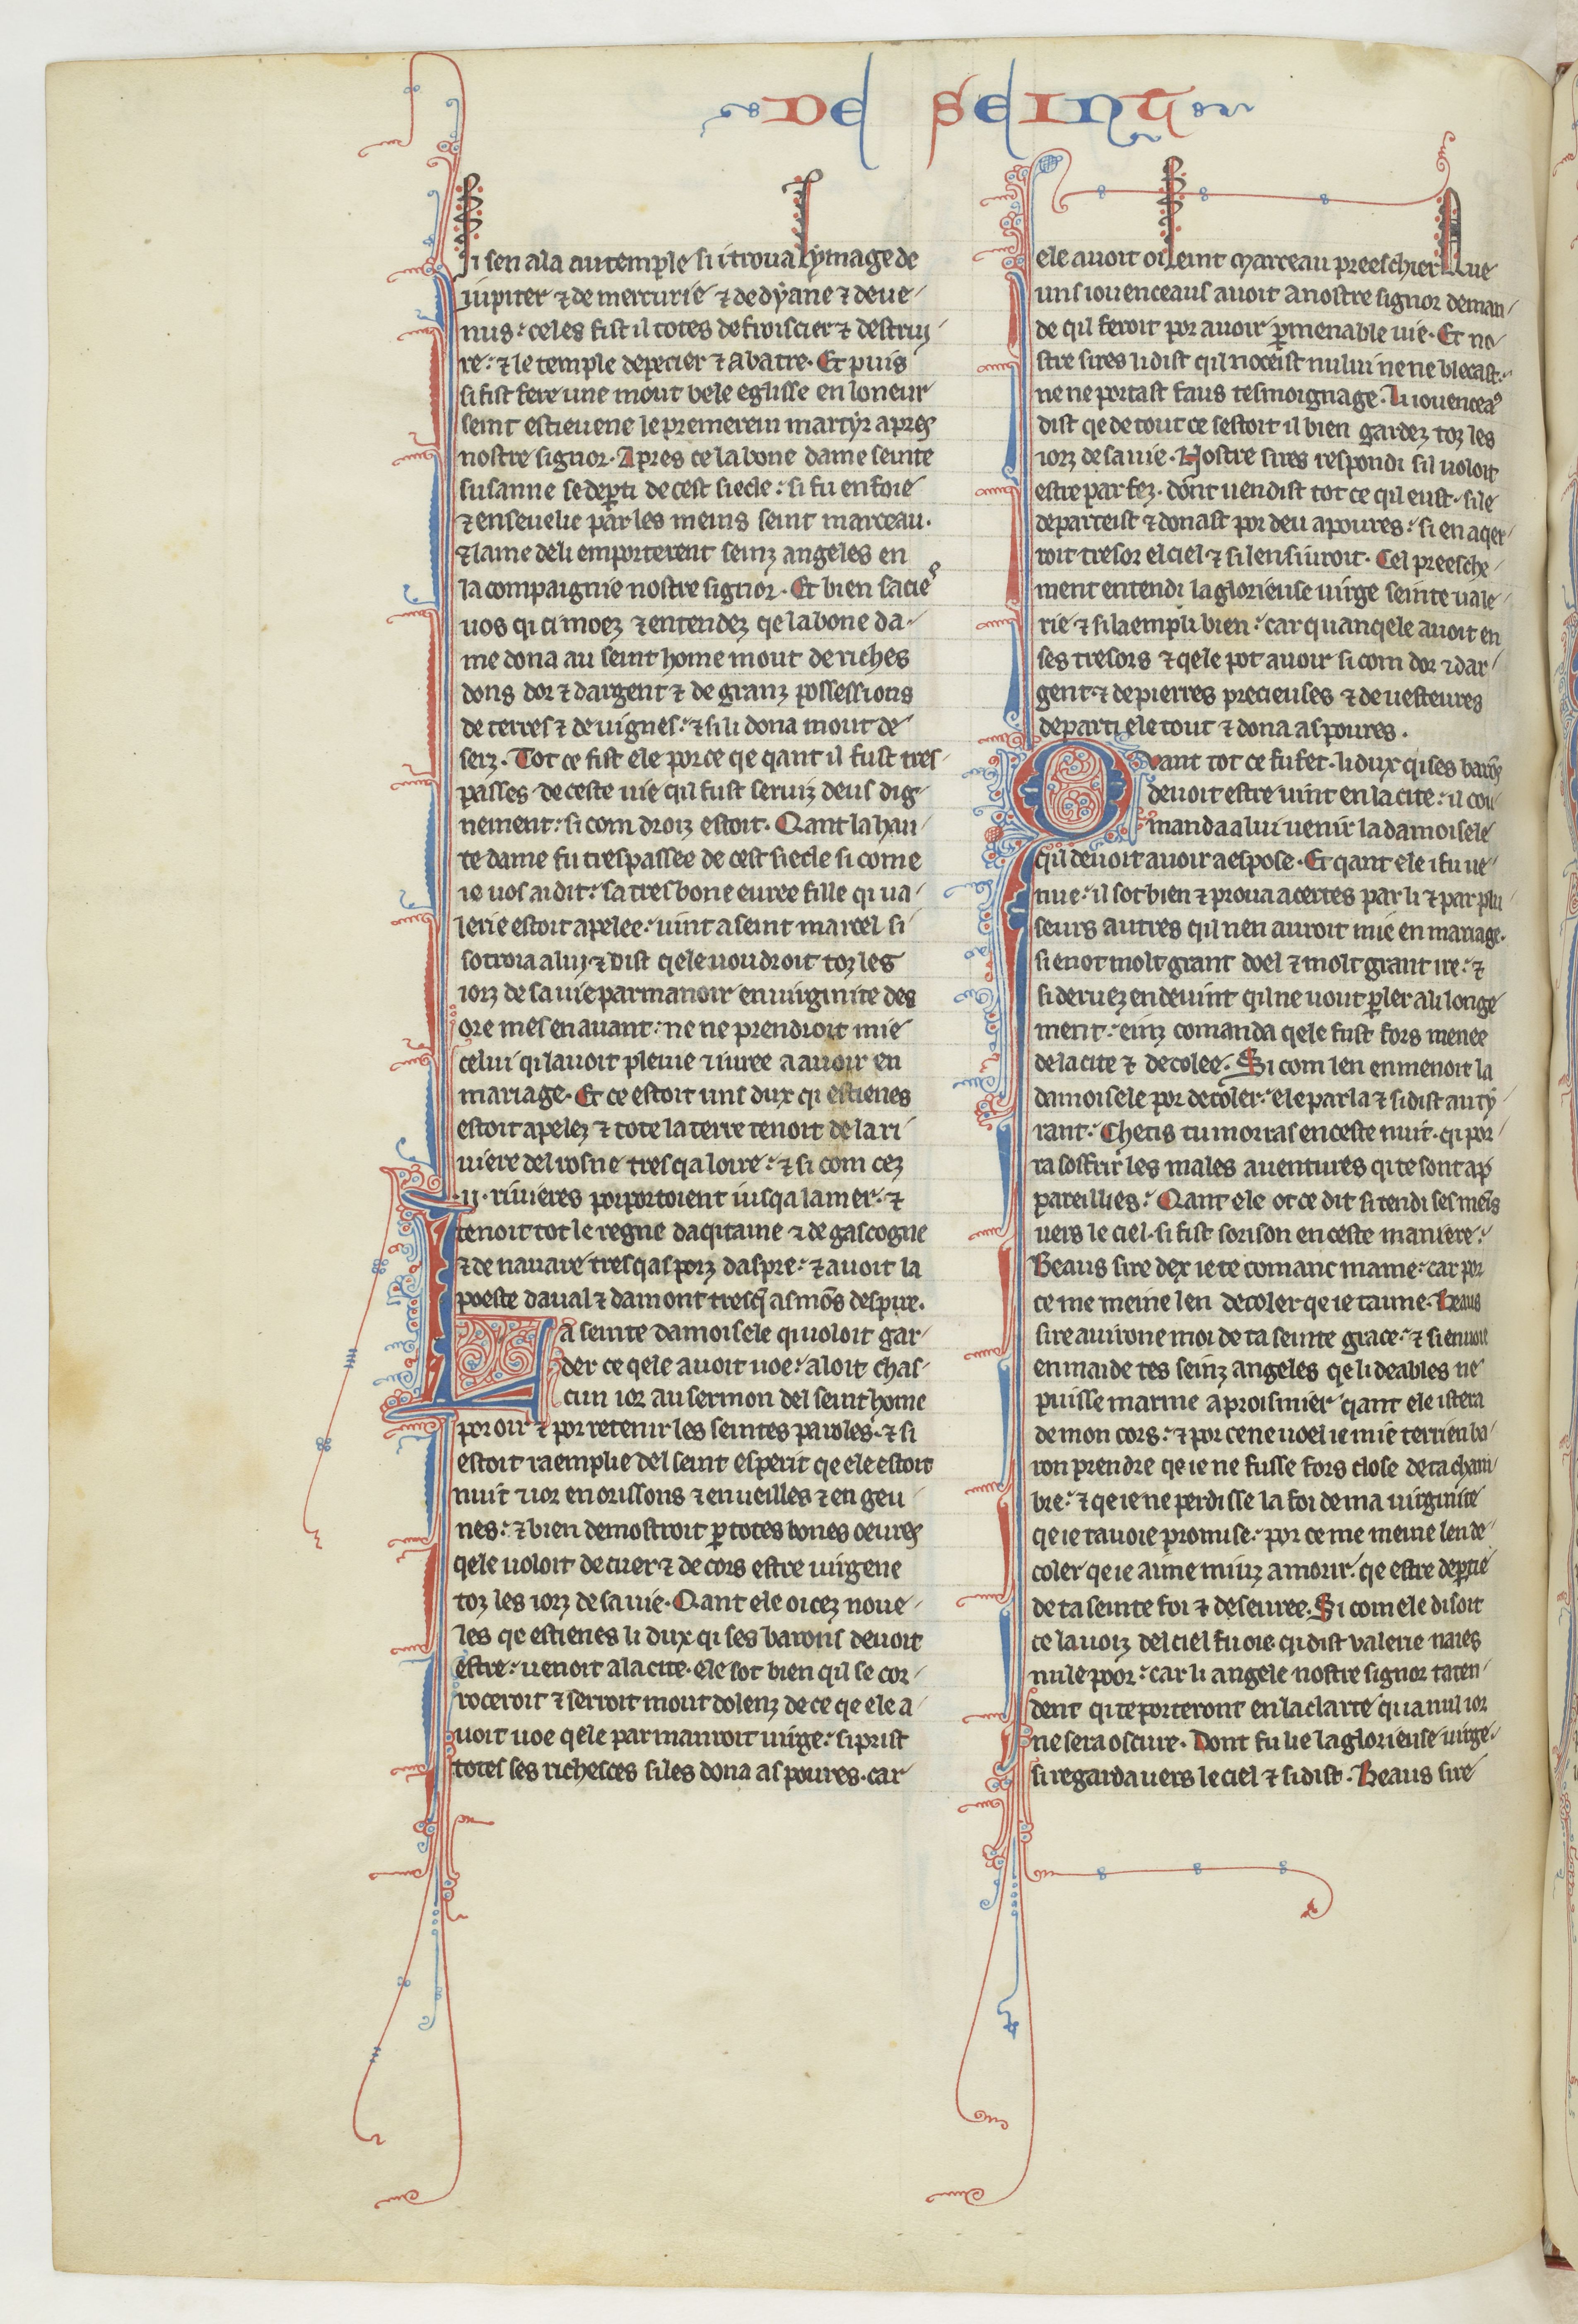
Shelfmark: Paris, BnF, fr. 412
Century: 13